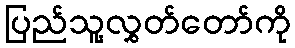
ပြည်သူ့လွှတ်တော်ကို